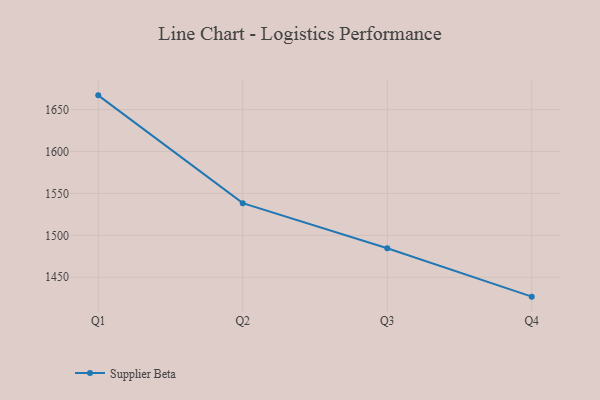
{"axis": {"x": "Quarter", "y": "Headcount"}, "legend": ["Supplier Beta"], "data": [{"x": "Q1", "y": 1667.0, "type": "Supplier Beta"}, {"x": "Q2", "y": 1538.4, "type": "Supplier Beta"}, {"x": "Q3", "y": 1484.6, "type": "Supplier Beta"}, {"x": "Q4", "y": 1426.9, "type": "Supplier Beta"}]}